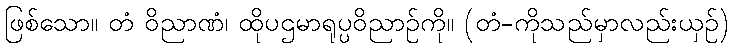
ဖြစ်သော။ တံ ဝိညာဏံ၊ ထိုပဌမာရုပ္ပဝိညာဉ်ကို။ (တံ-ကိုသည်မှာလည်းယှဉ်)